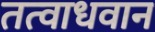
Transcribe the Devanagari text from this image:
तत्वाधवान